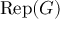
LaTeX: { \mathrm { R e p } } ( G )